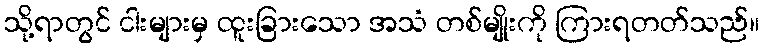
သို့ရာတွင် ငါးများမှ ထူးခြားသော အသံ တစ်မျိုးကို ကြားရတတ်သည်။